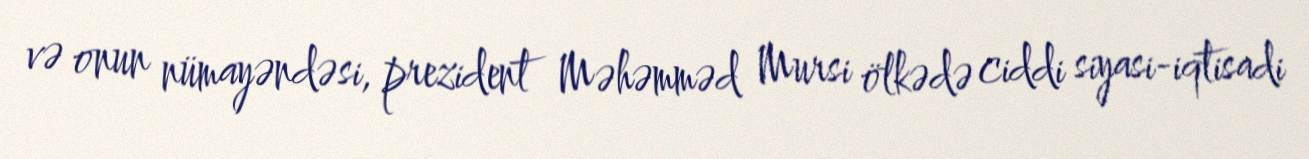
və onun nümayəndəsi, prezident Məhəmməd Mursi ölkədə ciddi siyasi-iqtisadi